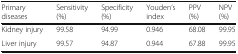
| Primary diseases | Sensitivity (%) | Specificity (%) | Youden’s index | PPV (%) | NPV (%) |
 | --- | --- | --- | --- | --- | --- |
 | Kidney injury | 99.58 | 94.99 | 0.946 | 68.08 | 99.95 |
 | Liver injury | 99.57 | 94.87 | 0.944 | 67.88 | 99.95 |